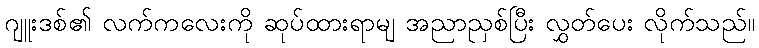
ဂျူးဒစ်၏ လက်ကလေးကို ဆုပ်ထားရာမျ အညာညှစ်ပြီး လွှတ်ပေး လိုက်သည်။